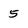
Character: 5